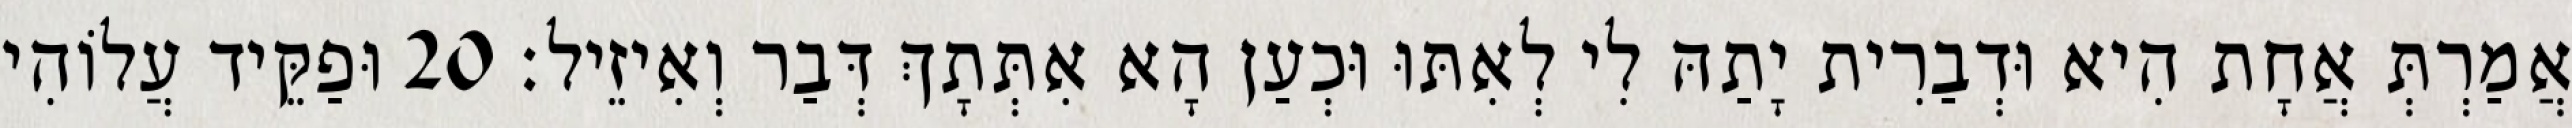
אֲמַרְתְּ אֲחָת הִיא וּדְבַרִית יָתַהּ לִי לְאִתּוּ וּכְעַן הָא אִתְּתָךְ דְּבַר וְאִיזֵיל׃ 20 וּפַקֵּיד עֲלוֹהִי